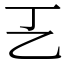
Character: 㐉